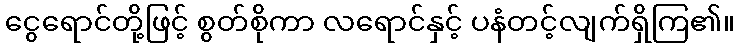
ငွေရောင်တို့ဖြင့် စွတ်စိုကာ လရောင်နှင့် ပနံတင့်လျက်ရှိကြ၏။